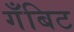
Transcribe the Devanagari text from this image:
गँबिट